Scottish Certificate of Education, 1963
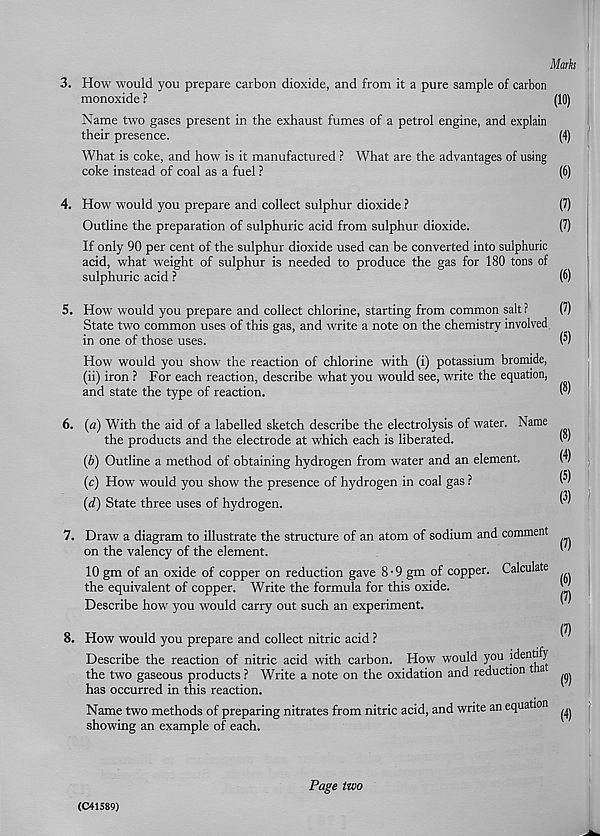
Marks
3. How would you prepare carbon dioxide, and from it a pure sample of carbon
monoxide ?
(10)
Name two gases present in the exhaust fumes of a petrol engine, and explain
their presence.
(4)
What is coke, and how is it manufactured ? What are the advantages of using
coke instead of coal as a fuel ?
(6)
4. How would you prepare and collect sulphur dioxide ?
(7)
Outline the preparation of sulphuric acid from sulphur dioxide.
(7)
If only 90 per cent of the sulphur dioxide used can be converted into sulphuric
acid, what weight of sulphur is needed to produce the gas for 180 tons of
sulphuric acid ?
(6)
5. How would you prepare and collect chlorine, starting from common salt ?
(7)
State two common uses of this gas, and write a note on the chemistry involved
in one of those uses.
(^)
How would you show the reaction of chlorine with (i) potassium bromide,
(ii) iron ? For each reaction, describe what you would see, write the equation,
and state the type of reaction.
6. (a) With the aid of a labelled sketch describe the electrolysis of water. Name
the products and the electrode at which each is liberated.
(b) Outline a method of obtaining hydrogen from water and an element.
(c) How would you show the presence of hydrogen in coal gas ?
(d) State three uses of hydrogen.
(8)
(4)
(5)
(3)
7. Draw a diagram to illustrate the structure of an atom of sodium and comment
on the valency of the element.
10 gm of an oxide of copper on reduction gave 8-9 gm of copper. Calculate
the equivalent of copper. Write the formula for this oxide.
Describe how you would carry out such an experiment.
8. How would you prepare and collect nitric acid ?
Describe the reaction of nitric acid with carbon. How would you identify
the two gaseous products ? Write a note on the oxidation and reduction ia
has occurred in this reaction.
Name two methods of preparing nitrates from nitric acid, and write an equation
showing an example of each.
(7)
(6)
(7)
(7)
(9)
(4)
(041589)
Page two